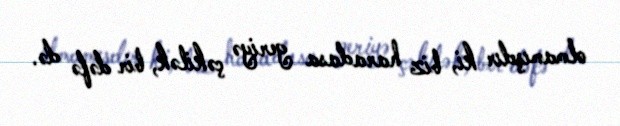
olmamışdır ki, biz haradasa geriyə çəkilək, bir dəfə də.